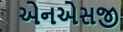
એનએસજી